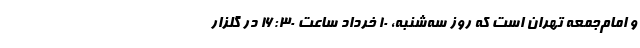
و امام‌جمعه تهران است که روز سه‌شنبه، ۱۰ خرداد ساعت ۱۶:۳۰ در گلزار